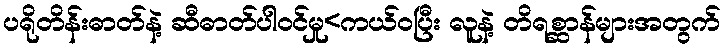
ပရိုတိန်းဓာတ်နဲ့ ဆီဓာတ်ပါဝင်မှု<ကယ်ဝပြီး လူနဲ့ တိရစ္ဆာန်များအတွက်